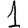
Digit: 1